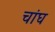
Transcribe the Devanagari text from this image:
चांघ